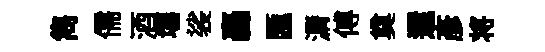
雋儒酒壤裟轟匯漘傅奠還彥将